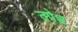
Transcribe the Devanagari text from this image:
तपेश